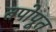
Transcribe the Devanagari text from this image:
तपोपूत